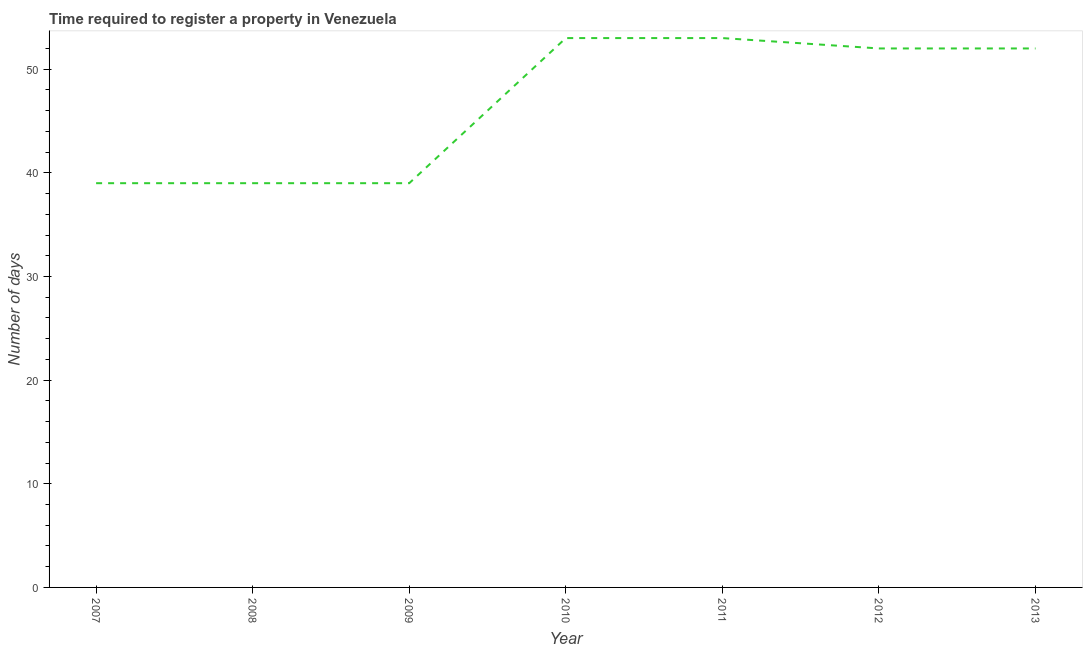
| Year | Register property |
 | --- | --- |
 | 2007 | 39 |
 | 2008 | 39 |
 | 2009 | 39 |
 | 2010 | 53 |
 | 2011 | 53 |
 | 2012 | 52 |
 | 2013 | 52 |